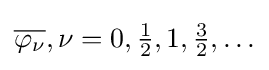
{\overline {\varphi _{\nu }}},\nu =0,{\tfrac {1}{2}},1,{\tfrac {3}{2}},\ldots